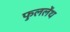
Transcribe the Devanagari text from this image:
फुललेंथ